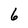
Character: 6